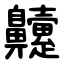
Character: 䶑